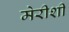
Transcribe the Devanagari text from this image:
मेरीशी